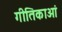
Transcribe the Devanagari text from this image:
गीतिकाओं